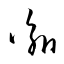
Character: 諭